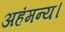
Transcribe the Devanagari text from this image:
अहंमन्य।